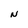
Character: N